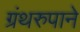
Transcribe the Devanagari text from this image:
ग्रंथरुपाने